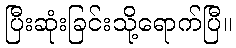
ပြီးဆုံးခြင်းသို့ရောက်ပြီ။